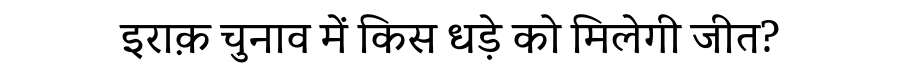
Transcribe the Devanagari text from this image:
इराक़ चुनाव में किस धड़े को मिलेगी जीत?